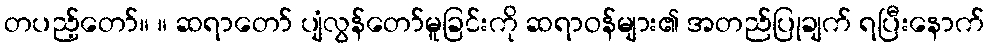
တပည့်တော်။ ။ ဆရာတော် ပျံလွန်တော်မူခြင်းကို ဆရာဝန်များ၏ အတည်ပြုချက် ရပြီးနောက်